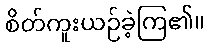
စိတ်ကူးယဉ်ခဲ့ကြ၏။